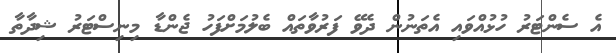
އެ ސެންޓަރު ހުޅުއްވައި އެތަނުން ދެވޭ ފަރުވާތައް ބެލުމަށްފަހު ޖެންޑާ މިނިސްޓަރު ޝިދާތާ